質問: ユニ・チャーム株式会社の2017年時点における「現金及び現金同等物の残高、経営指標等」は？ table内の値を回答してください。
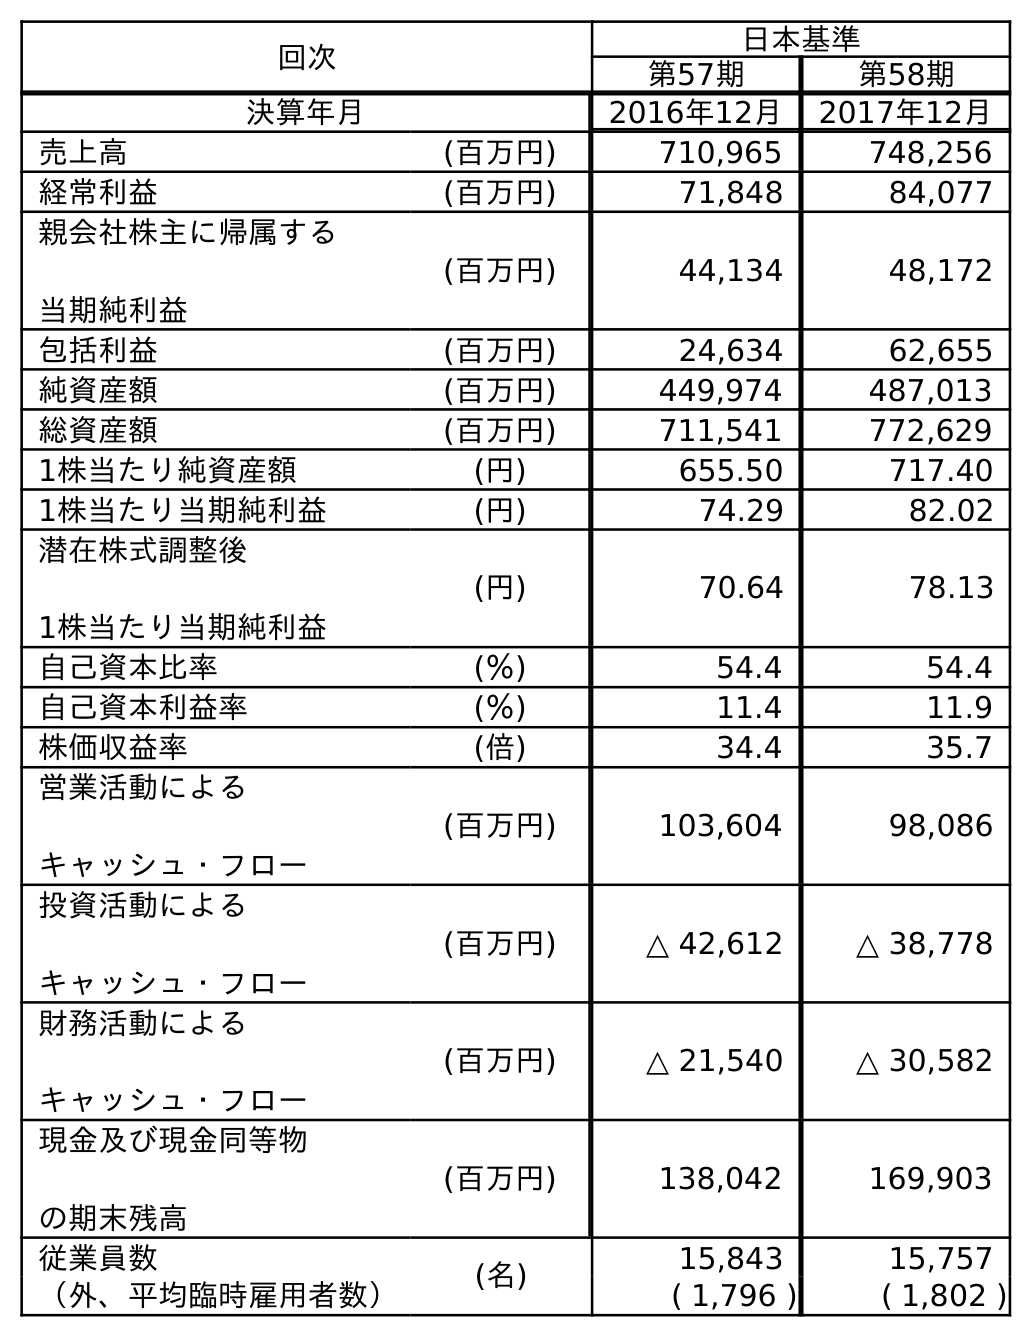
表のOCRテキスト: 回次 日本基準 第57期 第58期 決算年月 2016年12月 2017年12月 売上高 (百万円) 710,965 748,256 経常利益 (百万円) 71,848 84,077 親会社株主に帰属する 当期純利益 (百万円) 44,134 48,172 包括利益 (百万円) 24,634 62,655 純資産額 (百万円) 449,974 487,013 総資産額 (百万円) 711,541 772,629 1株当たり純資産額 (円) 655.50 717.40 1株当たり当期純利益 (円) 74.29 82.02 潜在株式調整後 1株当たり当期純利益 (円) 70.64 78.13 自己資本比率 (％) 54.4 54.4 自己資本利益率 (％) 11.4 11.9 株価収益率 (倍) 34.4 35.7 営業活動による キャッシュ・フロー (百万円) 103,604 98,086 投資活動による キャッシュ・フロー (百万円) △ 42,612 △ 38,778 財務活動による キャッシュ・フロー (百万円) △ 21,540 △ 30,582 現金及び現金同等物 の期末残高 (百万円) 138,042 169,903 従業員数 (名) 15,843 15,757 （外、平均臨時雇用者数） ( 1,796 ) ( 1,802 )
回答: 169,903